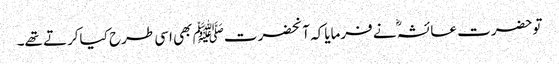
توحضرت عائشہؓ نے فرمایاکہ آنحضرتﷺ بھی اسی طرح کیاکرتے تھے۔